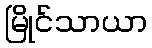
မြိုင်သာယာ